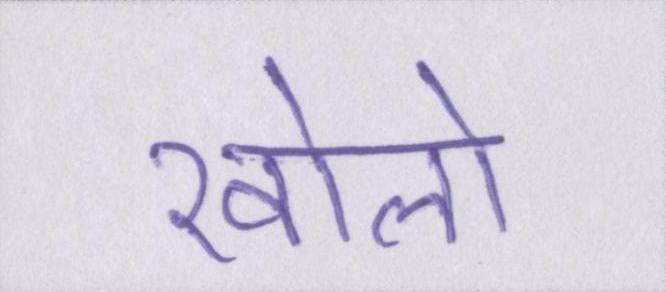
खोलो